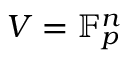
V = \mathbb { F } _ { p } ^ { n }